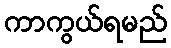
ကာကွယ်ရမည်